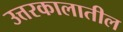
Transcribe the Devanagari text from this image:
उत्तरकालातील